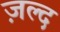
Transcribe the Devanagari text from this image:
ज़ल्द